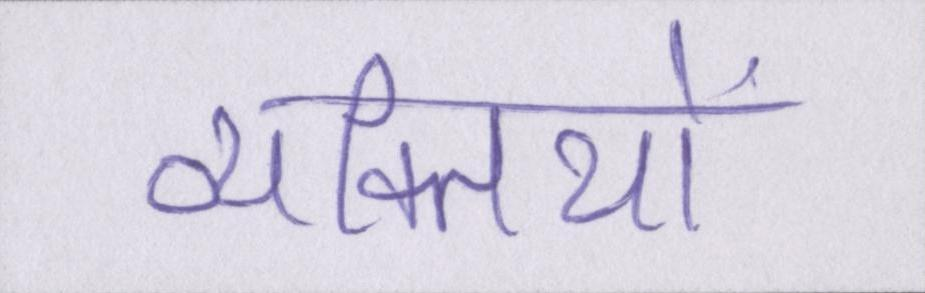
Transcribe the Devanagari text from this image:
व्यक्तियों